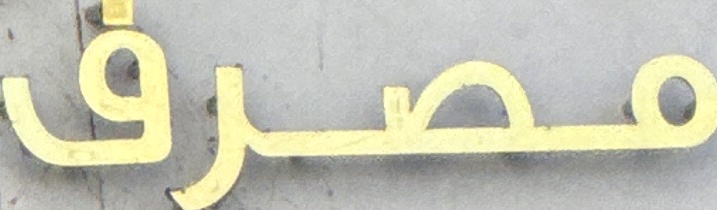
مصرف